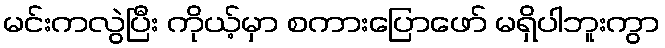
မင်းကလွဲပြီး ကိုယ့်မှာ စကားပြောဖော် မရှိပါဘူးကွာ